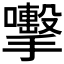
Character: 𭣈